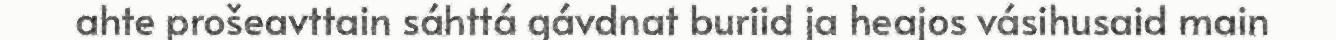
ahte prošeavttain sáhttá gávdnat buriid ja heajos vásihusaid main